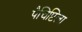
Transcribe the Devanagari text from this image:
पैचिप्टिला